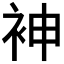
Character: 𫋵